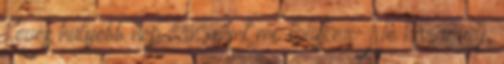
Kevés hülyébb nép van, mint mi. talisker: Ne haragudj,